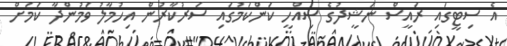
އެ ސިޓީގައި ރައީސް ނަޝީދުގެ ސިއްހީ ކަންކަމުގައި ސަރުކާރުން އިހުމާލު ވަމުންދާ ކަމަށް